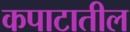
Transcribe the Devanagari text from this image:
कपाटातील